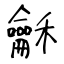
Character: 龢